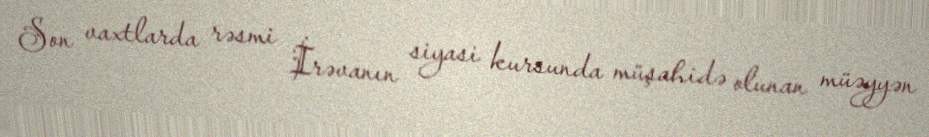
Son vaxtlarda rəsmi İrəvanın siyasi kursunda müşahidə olunan müəyyən